Indian Medical Review
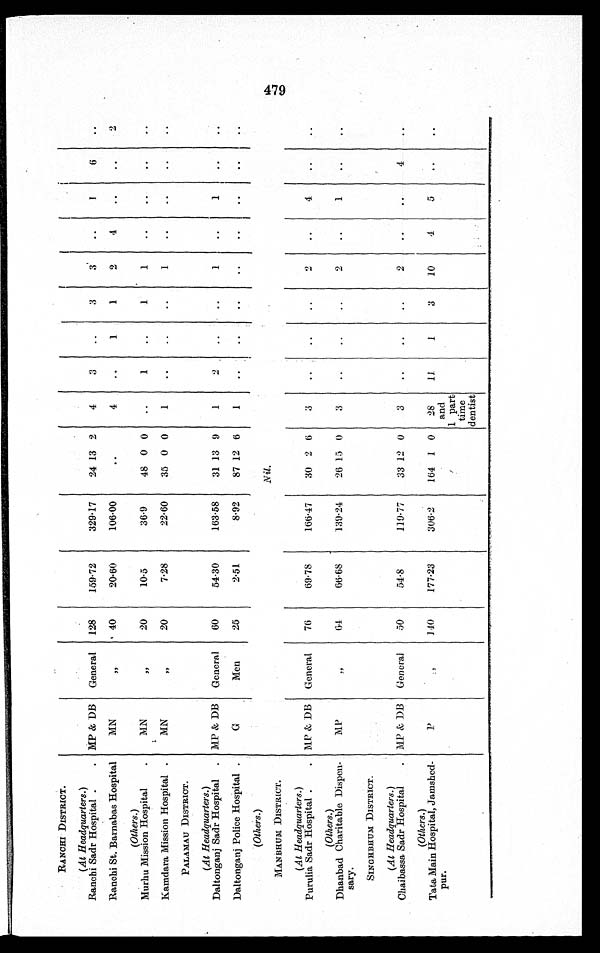
RANCHI DISTRICT.
(At Headquarters.)
Ranchi Sadr Hospital .
. MP & DB
General
128
159.72
329.17
24 13 2
4
3
..
3
3
..
1
6
..
Ranchi St. Barnabas Hospital
M
,,
40
20.60
106.00
. .
4
..
1
1
2
4
..
. .
2
(Others.)
Murhu Mission Hospital
.
MN
,,
20
10.5
36.9
48 0 0
..
1
. .
1
1
..
..
..
. .
Kamdara Mission Hospital .
MN
,,
20
7.28
22.60
35 0 0
1
. .
. .
. .
1
..
..
..
. .
PALAMAU DISTRICT.
(At Headquarters.)
Daltonganj Sadr Hospital
. MP & DB
General
60
54.30
163.58
31 13 9
1
2
..
..
1
..
1
. .
. .
Daltonganj Police Hospital .
G
Men
2 5
2.51
8.92
87 12 6
1
..
..
..
..
..
..
..
. .
(Others.)
Nil.
MANBRUM DISTRICT.
(At Headquarters.)
Purulia Sadr Hospital .
. MP & DB
General
76
69.78
166.47
30 2 6
3
. .
..
..
2
..
4
..
. .
(Others.)
Dhanbad Charitable Dispen-
sary.
MP
,,
64
66.68
139.24
26 15 0
3
. .
..
..
2
..
1
..
..
SINGHBHUM DISTRICT.
(At Headquarters.)
Chaibassa Sadr Hospital
. MP & DB
General
50
54.8
119.77
33 12 0
3
..
..
. .
2
..
..
4
. .
(Others.)
Tata Main Hospital, Jamshed-
pur.
P
,,
140
177.23
306.2
164 1 0
28
and
1 part
time
dentist
11
1
3
10
4
5
..
..